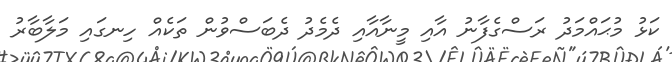
ކަޅު މުޙައްމަދު ރަސްގެފާނު އާއި މީނާއާއި ދެމެދު ދެބަސްވުން ތަކެއް ހިނގައި މަލާބާރު